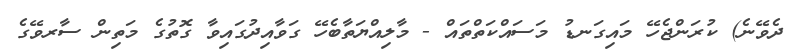
ދެވޭނެ) ކުރަންޖެހޭ މައިގަނޑު މަސައްކަތްތައް - މާލިއްޔަތާބެހޭ ގަވާއިދުގައިވާ ގޮތުގެ މަތިން ސާރވޭގެ